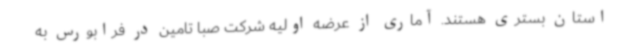
استان بستری هستند. آماری از عرضه اولیه شرکت صبا تامین در فرابورس به